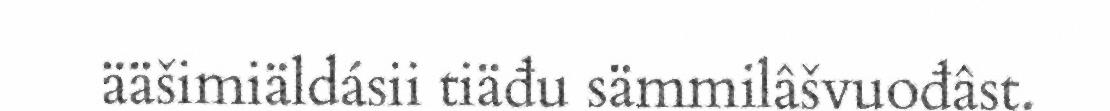
ääšimiäldásii tiäđu sämmilâšvuođâst.